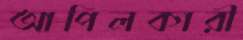
আপিলকারী